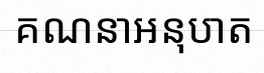
គណនាអនុបាត